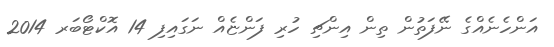
އަންހެނެއްގެ ނޭފަތުން ތިން އިންޗި ހުރި ފަންޏެއް ނަގައިފި 14 އޮކްޓޯބަރ 2014